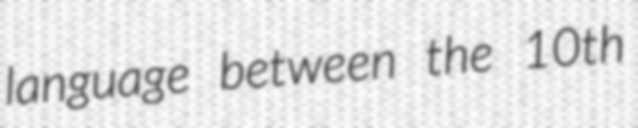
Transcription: language between the 10th